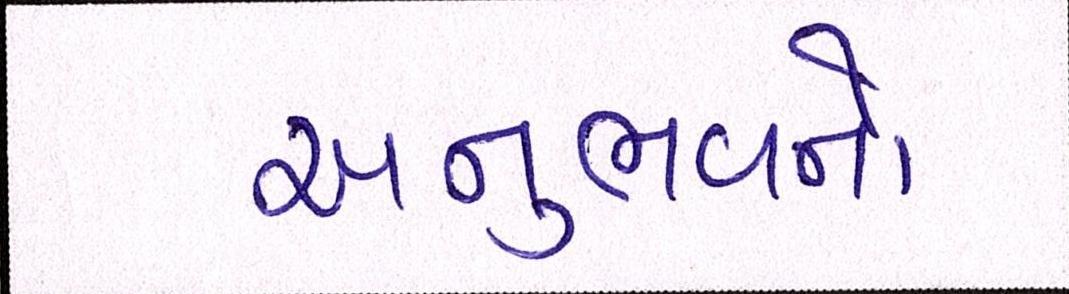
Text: અનુભવનો